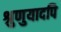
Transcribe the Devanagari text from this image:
श्रुणुयादपि